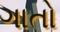
ગાતો